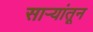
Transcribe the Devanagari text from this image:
सार्‍यांतून